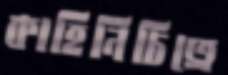
কাহিনিচিত্রে